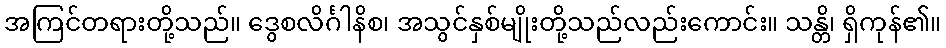
အကြင်တရားတို့သည်။ ဒွေစလိင်္ဂါနိစ၊ အသွင်နှစ်မျိုးတို့သည်လည်းကောင်း။ သန္တိ၊ ရှိကုန်၏။